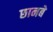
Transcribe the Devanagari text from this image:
छानबे